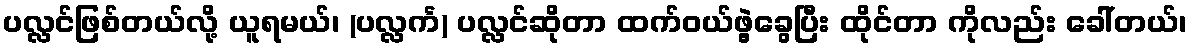
ပလ္လင်ဖြစ်တယ်လို့ ယူရမယ်၊ (ပလ္လင်္က) ပလ္လင်ဆိုတာ ထက်ဝယ်ဖွဲ့ခွေပြီး ထိုင်တာ ကိုလည်း ခေါ်တယ်၊